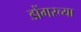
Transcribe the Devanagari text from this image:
डोंगरच्या